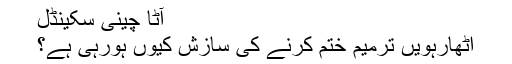
آٹا چینی سکینڈل
اٹھارہویں ترمیم ختم کرنے کی سازش کیوں ہورہی ہے؟